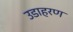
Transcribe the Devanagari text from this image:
उडाहरण